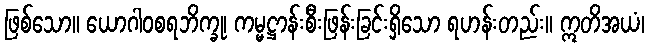
ဖြစ်သော။ ယောဂါဝစရဘိက္ခု၊ ကမ္မဋ္ဌာန်းစီးဖြန်းခြင်းရှိသော ရဟန်းတည်း။ ဣတိအယံ၊